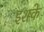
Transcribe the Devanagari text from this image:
इशके